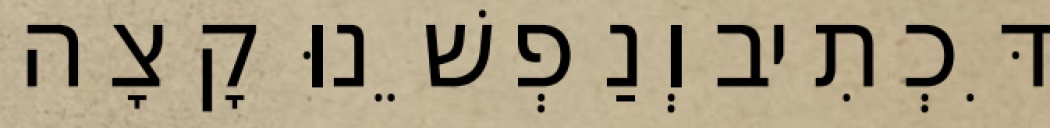
דִּכְתִיב וְנַפְשֵׁנוּ קָצָה